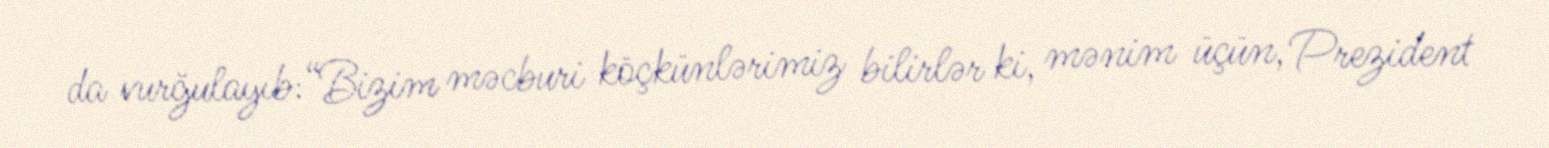
da vurğulayıb:“Bizim məcburi köçkünlərimiz bilirlər ki, mənim üçün, Prezident